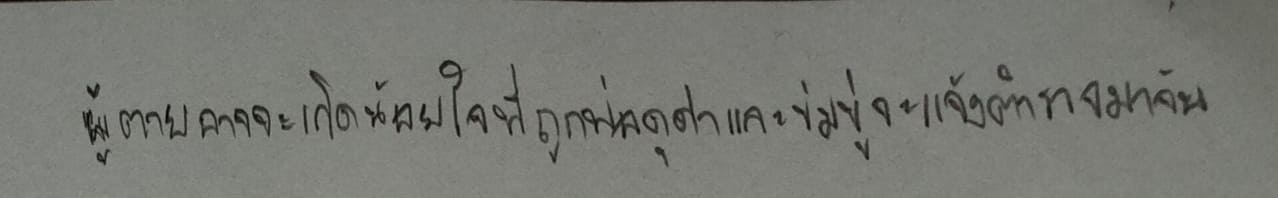
ผู้ตายอาจจะเกิดน้อยใจที่ถูกพ่อดุด่าและข่มขู่จะแจ้งตำรวจมาจับ